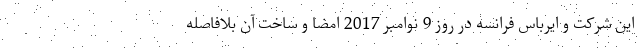
این شرکت و ایرباس فرانسه در روز 9 نوامبر 2017 امضا و ساخت آن بلافاصله